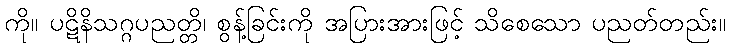
ကို။ ပဋိနိသဂ္ဂပညတ္တိ၊ စွန့်ခြင်းကို အပြားအားဖြင့် သိစေသော ပညတ်တည်း။